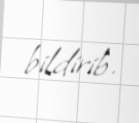
bildirib.